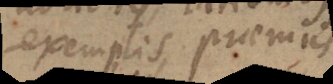
exemplis, praemiis,